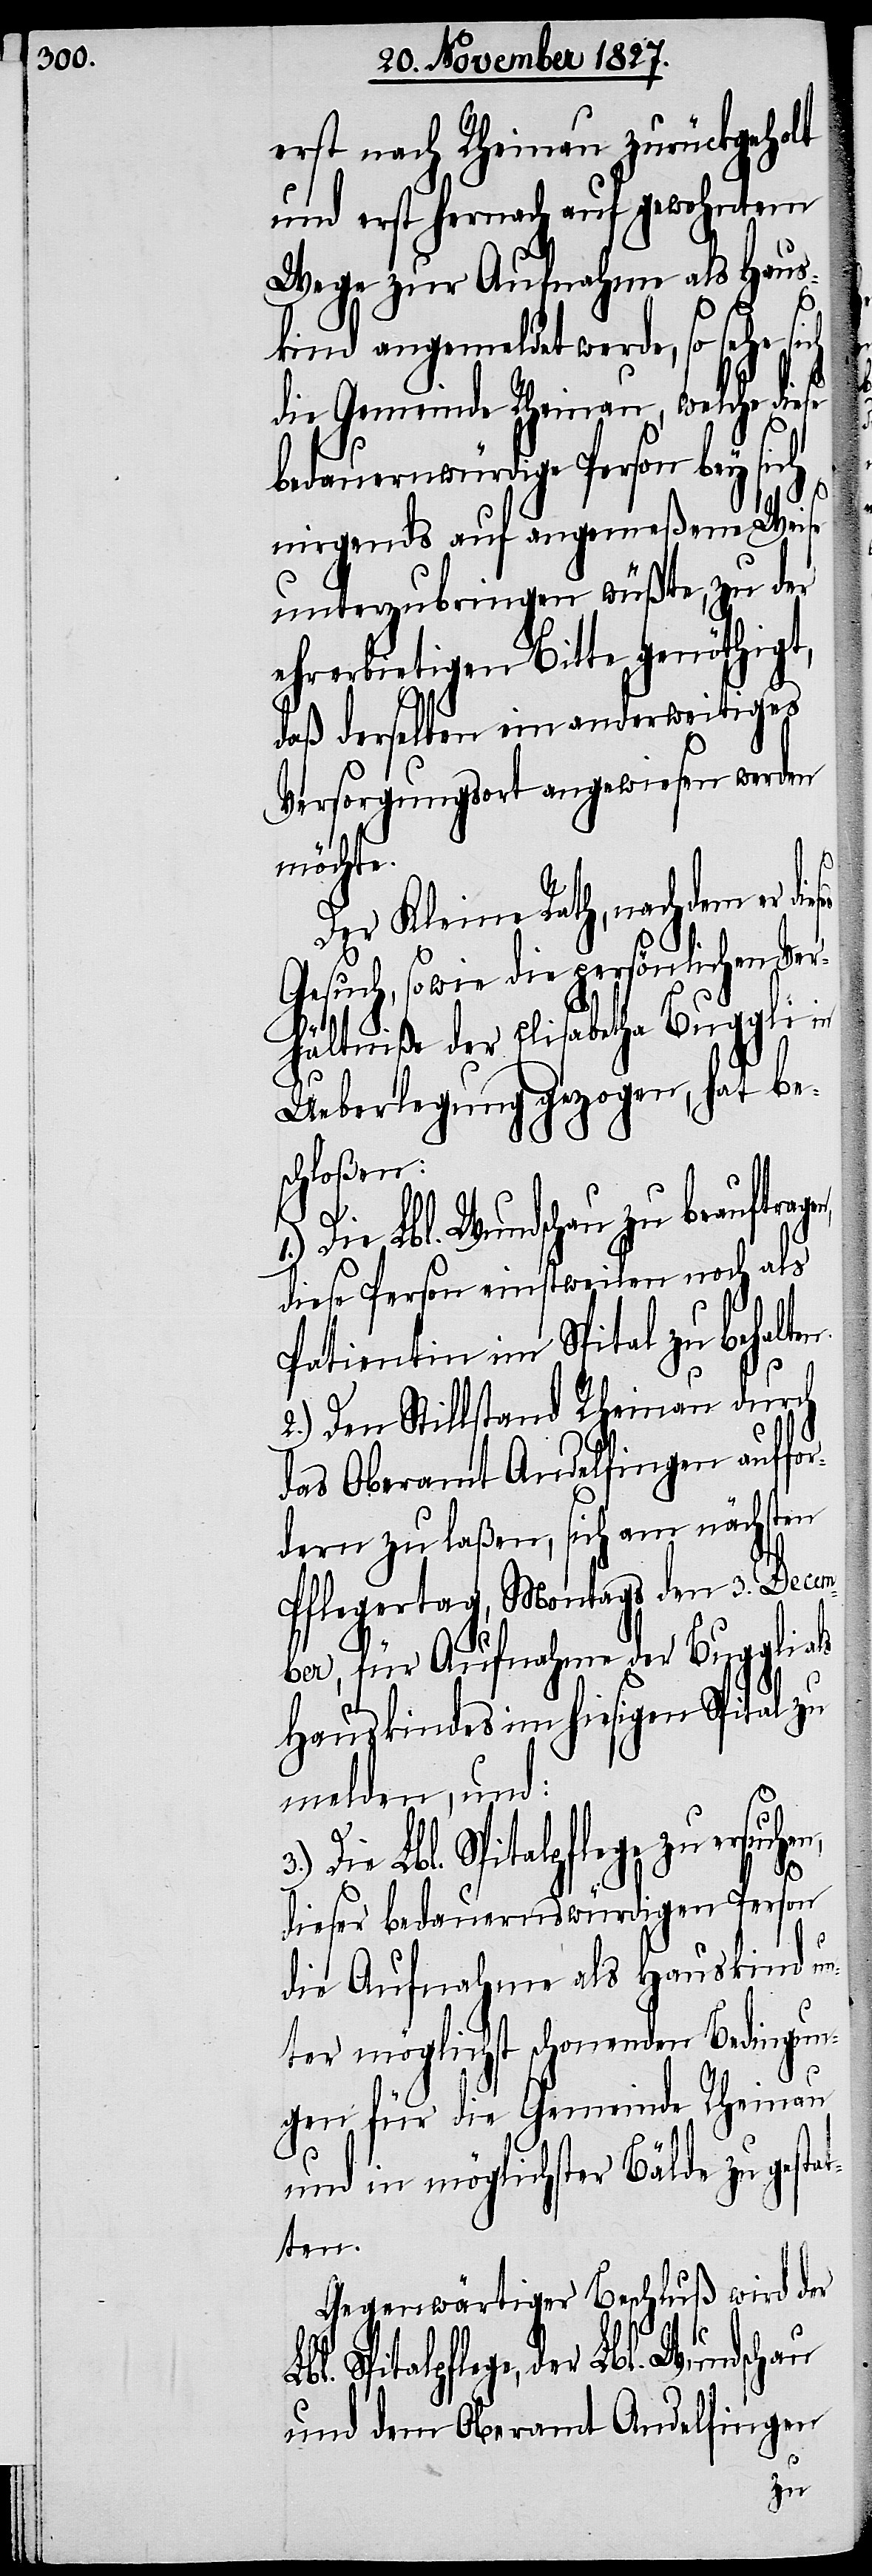
erst nach Rheinau zurückgeholt
und erst hernach auf gewohntem
Wege zur Aufnahme als Haus¬
kind angemeldet werde, so sehe si¬
die Gemeinde Rheinau, welche diese
bedauernwürdige Person bey sich
nirgends auf angemeßene Weise
unterzubringen wüßte, zu der
ehrerbietigen Bitte genöthigt,
daß derselben ein anderweitiges
Versorgungsort angewiesen werden
3.)
möchte.
Der Kleine Rath, nachdem er
Gesuch, sowie die persönlichen Ver¬
hältniße der Elisbetha Buggli in
Ueberlegung gezogen, hat be¬
schloßen:
Die Lbl. Wundschau zu beauftr¬
diese Person einstweilen noch als
Patientin im Spital zu behalte¬
hen,
2.) Den Stillstand Rheinau durch
das Oberamt Andelfingen auffo¬
rdern zu laßen, sich am nächsten
Pflegertag, Montags den 3. Decem¬
ber, für Aufnahme der Buggli als
Hauskindes im hiesigen Spital zu
melden, und:
Die Lbl. Spitalpflege zu ersuc¬
dieser bedauernswürdigen Person
ch
die Aufnahme als Hauskind un¬
ter möglichst schonenden Bedingun¬
gen für die Gemeinde Rheinau
und in möglichster Bälde zu gestat¬
ten.
Gegenwärtiger Beschluß wird der
Spitalpflege, der Lbl. Wundschau
und dem Oberamt Andelfingen